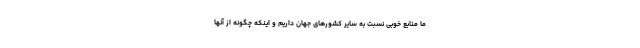
ما منابع خوبی نسبت به سایر کشورهای جهان داریم و اینکه چگونه از آنها